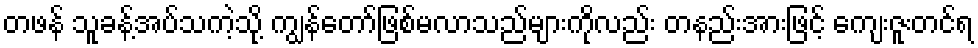
တဖန် သူခန့်အပ်သကဲ့သို့ ကျွန်တော်ဖြစ်မလာသည်များကိုလည်း တနည်းအားဖြင့် ကျေးဇူးတင်ရ